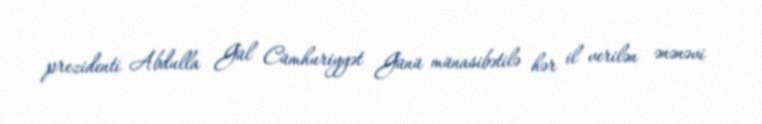
prezidenti Abdulla Gül Cümhuriyyət Günü münasibətilə hər il verilən ənənəvi